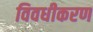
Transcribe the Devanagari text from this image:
विवधीकरण